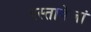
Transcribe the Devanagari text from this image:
दस्तावेजां